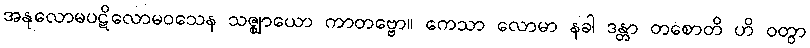
အနုလောမပဋိလောမဝသေန သဇ္ဈာယော ကာတဗ္ဗော။ ကေသာ လောမာ နခါ ဒန္တာ တစောတိ ဟိ ဝတွာ